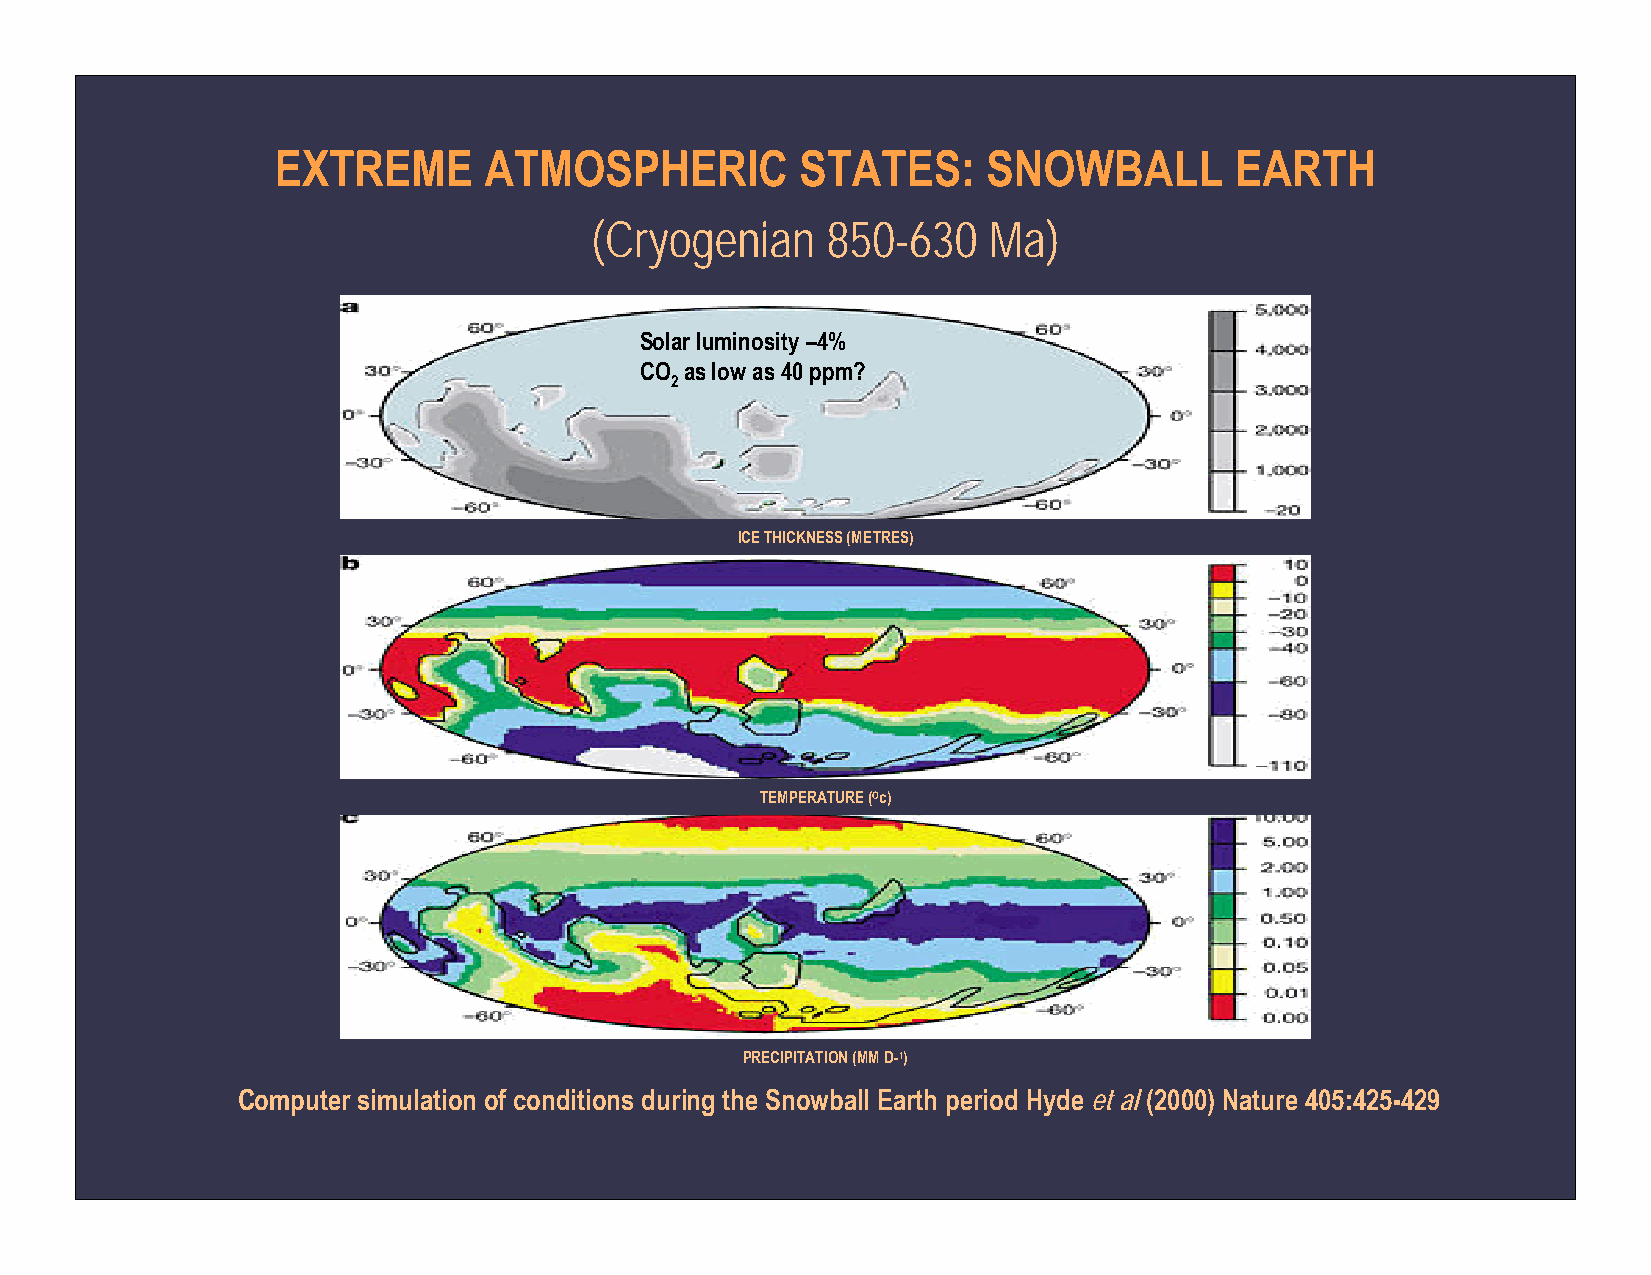
EXTREME       ATMOSPHERIC          STATES:     SNOWBALL         EARTH
 (Cryogenian     850-630   Ma)
 Solar luminosity –4%
 CO as low as 40 ppm?
 2
 ICE THICKNESS (METRES)
 TEMPERATURE (Oc)
 PRECIPITATION (MM D-1)
 Computer simulation of conditions during the Snowball Earth period Hyde et al (2000) Nature 405:425-429